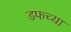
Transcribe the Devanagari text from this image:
डफच्या